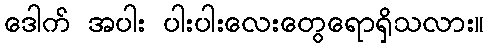
ဒေါက် အပါး ပါးပါးလေးတွေရောရှိသလား။